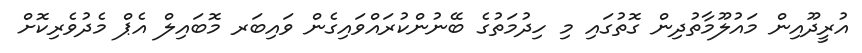
އުރީދޫއިން މައުލޫމާތުދިން ގޮތުގައި މި ހިދުމަތުގެ ބޭނުންކުރައްވައިގެން ވައިބަރ މޮބައިލް އެޕް މެދުވެރިކޮށް